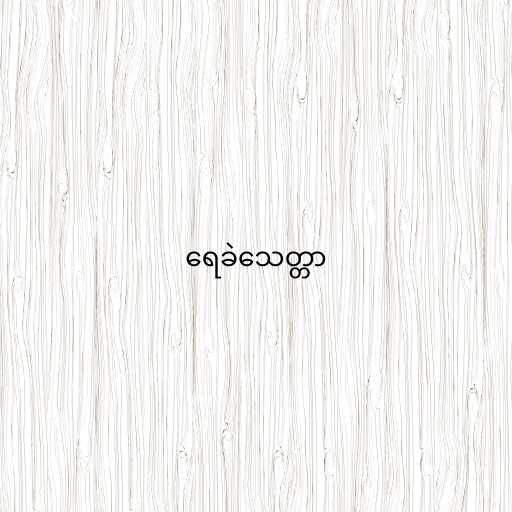
ရေခဲသေတ္တာ